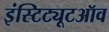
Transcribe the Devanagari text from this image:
इंस्टिट्यूटऑव